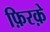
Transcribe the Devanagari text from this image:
फ़िरक़े